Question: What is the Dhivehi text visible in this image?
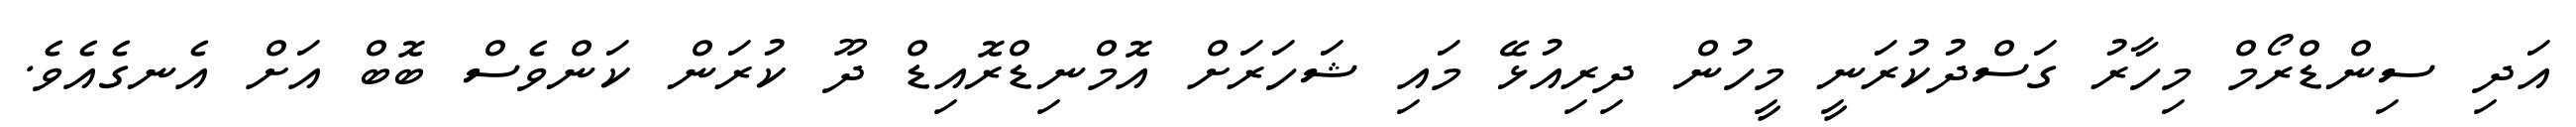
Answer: އަދި ސިންޑްރޯމް މިހާރު ގަސްދުކުރަނީ މީހުން ދިރިއުޅޭ މައި ޝަހަރަށް އޮމްނިޑްރޮއިޑް ދޫ ކުރަން ކަންވެސް ބޮބް އަށް އެނގެއެވެ.